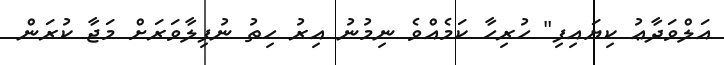
އަލްވަދާޢު ކިޔައިފި" ހުރިހާ ކަމެއްވެ ނިމުނު އިރު ހިތު ނުފިލާވަރަށް މަޖާ ކުރަން